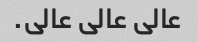
عالی عالی عالی.